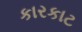
કારકાટ